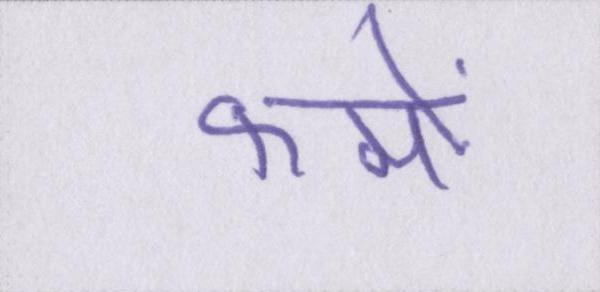
फर्मों